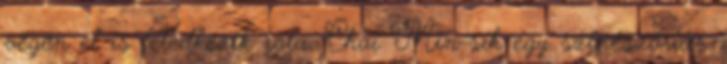
végén el is feledkezik róla. Choi Min-sik egy színészóriás.